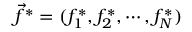
\vec { f } ^ { * } = ( f _ { 1 } ^ { * } , f _ { 2 } ^ { * } , \cdots , f _ { N } ^ { * } )